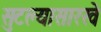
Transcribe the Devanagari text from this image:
सुटल्यासारखे